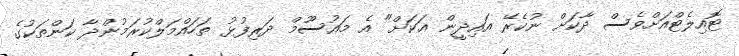
ޓޮއިލެޓްއަށްވެސް ދާކަށް ނުކެރޭ އައިދީން އަކަށް" އެ މައުސޫމް ދަރިފުޅު ތަހައްމަލްކުރަމުންދާ ކަންތަކުގެ